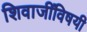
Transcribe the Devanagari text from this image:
शिवाजींविषयी